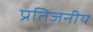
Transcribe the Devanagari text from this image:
प्रतिजनीय